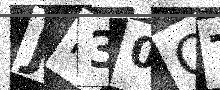
Text: JR30OT